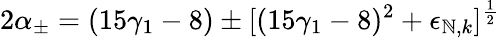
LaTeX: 2\alpha_{\pm}=(15\gamma_{1}-8)\pm[(15\gamma_{1}-8)^{2}+\epsilon_{\mathbb{N},k}]^{\frac{1}{2}}